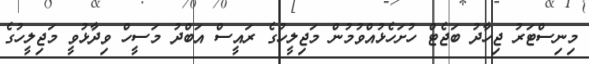
މިނިސްޓަރު ޖިހާދު ބަޖެޓް ހުށަހެޅުއްވުމުން މަޖިލީހުގެ ރައީސް އަބްދު މަސީހް ވިދާޅުވީ މަޖިލީހުގެ